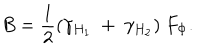
LaTeX: B = \frac { 1 } { 2 } ( \gamma _ { H _ { 1 } } ~ + ~ \gamma _ { H _ { 2 } } ) ~ F _ { \Phi } .